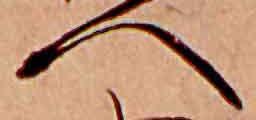
へ